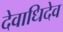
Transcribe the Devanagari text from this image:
देवाधिदेव